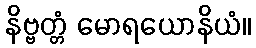
နိဗ္ဗတ္တံ မောရယောနိယံ။